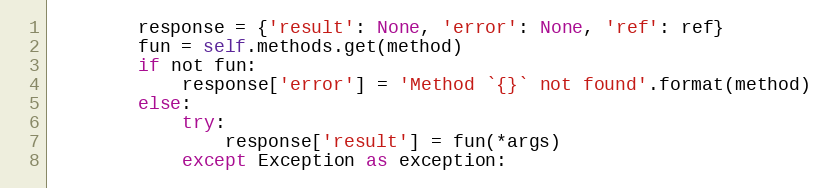
Language: Python
        response = {'result': None, 'error': None, 'ref': ref}
        fun = self.methods.get(method)
        if not fun:
            response['error'] = 'Method `{}` not found'.format(method)
        else:
            try:
                response['result'] = fun(*args)
            except Exception as exception: